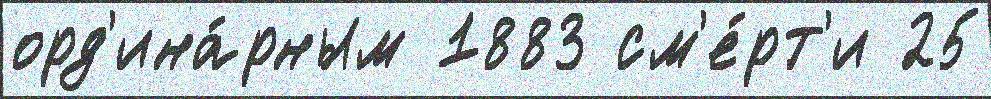
орд'ина́рным 1883 см'е́рт'и 25